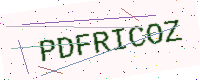
Text: PDFRICOZ